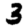
Digit: 3